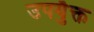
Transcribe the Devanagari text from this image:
उपयुँक्त